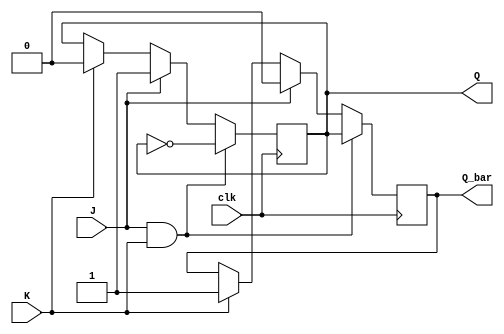
module jk_ff (
    input wire J,  // J input
    input wire K,  // K input
    input wire clk,  // Clock input
    output reg Q,  // Q output
    output reg Q_bar  // Q' output
);

always @(posedge clk)
begin
    if (J & K)  // toggle mode
    begin
        Q <= ~Q;
        Q_bar <= Q;
    end
    else if (J)  // set mode
    begin
        Q <= 1;
        Q_bar <= 0;
    end
    else if (K)  // reset mode
    begin
        Q <= 0;
        Q_bar <= 1;
    end
end

endmodule